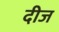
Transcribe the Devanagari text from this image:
दीज